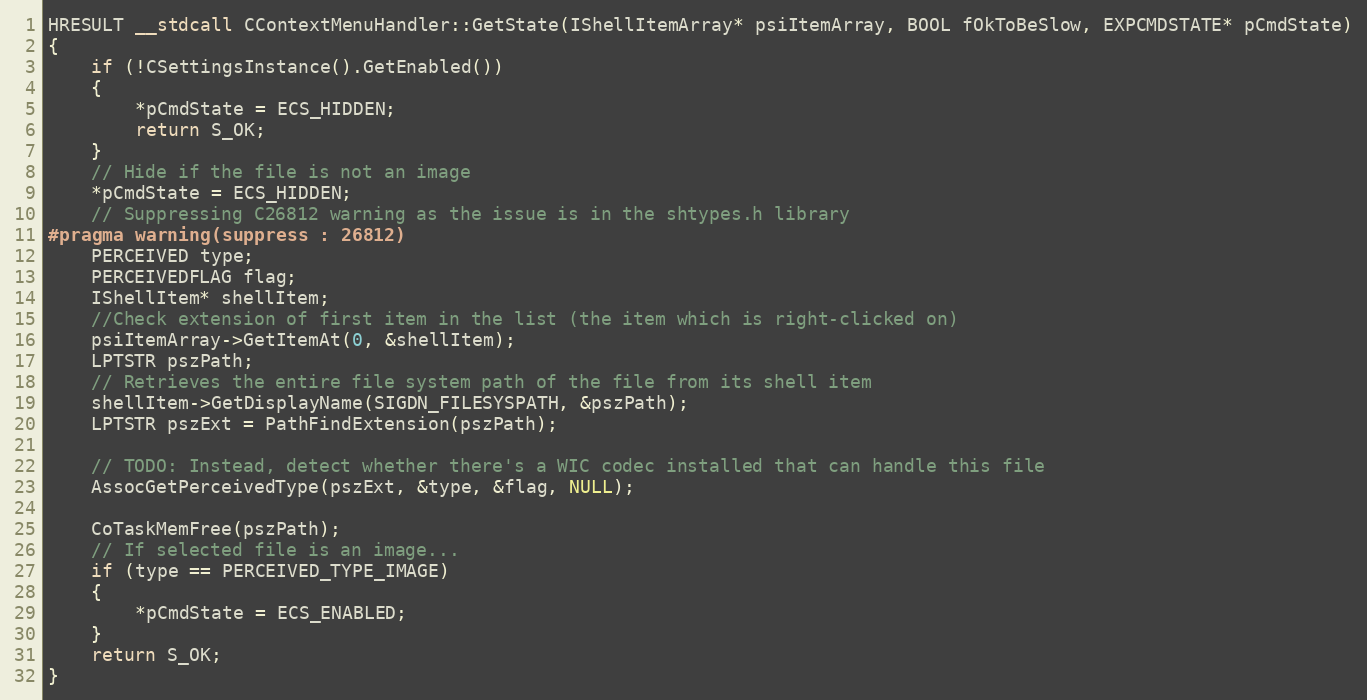
Language: C++
HRESULT __stdcall CContextMenuHandler::GetState(IShellItemArray* psiItemArray, BOOL fOkToBeSlow, EXPCMDSTATE* pCmdState)
{
    if (!CSettingsInstance().GetEnabled())
    {
        *pCmdState = ECS_HIDDEN;
        return S_OK;
    }
    // Hide if the file is not an image
    *pCmdState = ECS_HIDDEN;
    // Suppressing C26812 warning as the issue is in the shtypes.h library
#pragma warning(suppress : 26812)
    PERCEIVED type;
    PERCEIVEDFLAG flag;
    IShellItem* shellItem;
    //Check extension of first item in the list (the item which is right-clicked on)
    psiItemArray->GetItemAt(0, &shellItem);
    LPTSTR pszPath;
    // Retrieves the entire file system path of the file from its shell item
    shellItem->GetDisplayName(SIGDN_FILESYSPATH, &pszPath);
    LPTSTR pszExt = PathFindExtension(pszPath);

    // TODO: Instead, detect whether there's a WIC codec installed that can handle this file
    AssocGetPerceivedType(pszExt, &type, &flag, NULL);

    CoTaskMemFree(pszPath);
    // If selected file is an image...
    if (type == PERCEIVED_TYPE_IMAGE)
    {
        *pCmdState = ECS_ENABLED;
    }
    return S_OK;
}